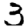
Digit: 3